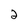
Character: 2